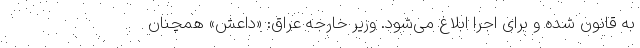
به قانون شده و برای اجرا ابلاغ می‌شود. وزیر خارجه عراق: «داعش» همچنان